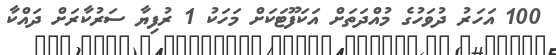
100 އަހަރު ދުވަހުގެ މުއްދަތަށް އަކަފޫޓަކަށް މަހަކު 1 ރުފިޔާ ސަރުކާރަށް ދައްކާ